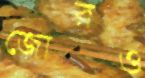
জোরও